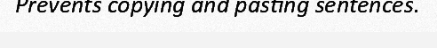
Prevents copying and pasting sentences.